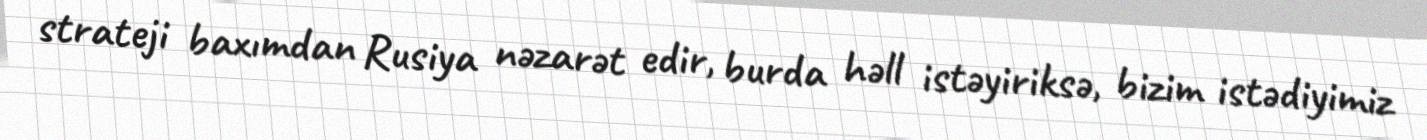
strateji baxımdan Rusiya nəzarət edir, burda həll istəyiriksə, bizim istədiyimiz